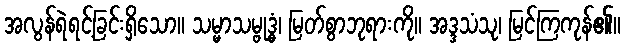
အလွန်ရဲရင့်ခြင်းရှိသော။ သမ္မာသမ္ဗုဒ္ဓံ၊ မြတ်စွာဘုရားကို။ အဒ္ဒသံသု၊ မြင်ကြကုန်၏။